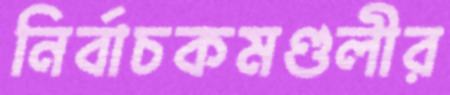
নির্বাচকমণ্ডলীর